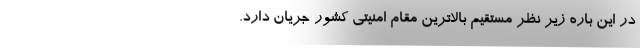
در این باره زیر نظر مستقیم بالاترین مقام امنیتی کشور جریان دارد.